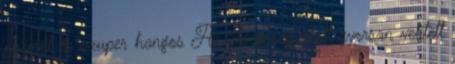
normál és szuper hangos Az időegység alatt gyorsan vetített